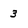
Character: 3